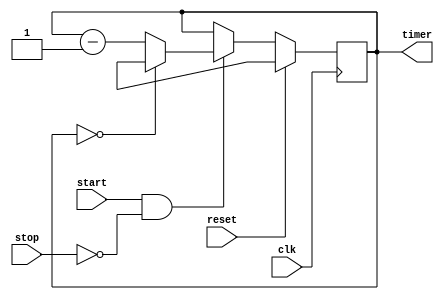
module countdown_timer (
    input wire clk,
    input wire start,
    input wire stop,
    input wire reset,
    output reg [15:0] timer
);

reg [15:0] preset_value;
reg [15:0] sync_timer;

always @(posedge clk) begin
    if (reset) begin
        timer <= preset_value;
    end else begin
        if (start && !stop) begin
            if (timer == 0) begin
                timer <= preset_value;
            end else begin
                timer <= timer - 1;
            end
        end
    end
end

always @(posedge clk) begin
    sync_timer <= timer;
end

endmodule